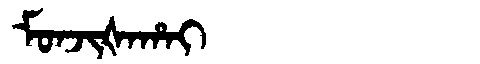
Manchu: ᠮᠣᠨᠵᡳᡧᠠᡥᠠᡳ
Romanization: MONJIŠAHAI